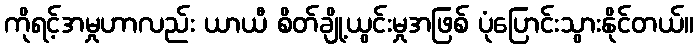
ကိုရင့်အမှုဟာလည်း ယာယီ စိတ်ချို့ယွင်းမှုအဖြစ် ပုံပြောင်းသွားနိုင်တယ်။